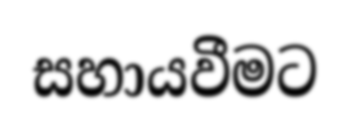
සහායවීමට